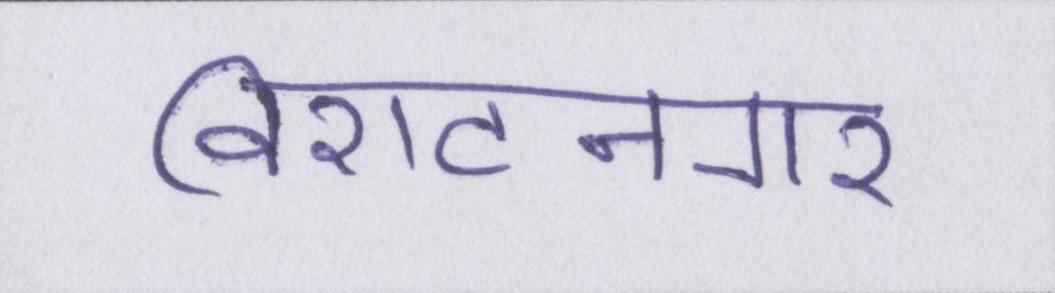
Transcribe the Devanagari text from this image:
विराटनगर